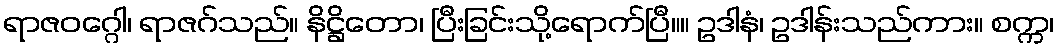
ရာဇဝဂ္ဂေါ၊ ရာဇဂ်သည်။ နိဋ္ဌိတော၊ ပြီးခြင်းသို့ရောက်ပြီ။။ ဥဒါနံ၊ ဥဒါန်းသည်ကား။ စက္က၊